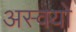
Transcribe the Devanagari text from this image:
अस्वयो